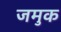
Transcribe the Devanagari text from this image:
जमुक